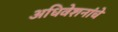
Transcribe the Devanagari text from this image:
अधिवेशनांचे